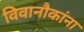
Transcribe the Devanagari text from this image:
विवानौकांना